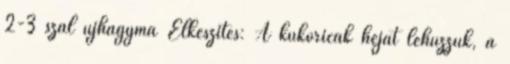
2-3 szál újhagyma Elkészítés: A kukoricák héját lehúzzuk, a